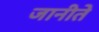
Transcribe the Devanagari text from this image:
जानीते